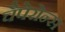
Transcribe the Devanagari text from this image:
चैपेरोन्स